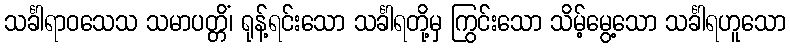
သင်္ခါရာဝသေသ သမာပတ္တိံ၊ ရုန့်ရင်းသော သင်္ခါရတို့မှ ကြွင်းသော သိမ့်မွေ့သော သင်္ခါရဟူသော